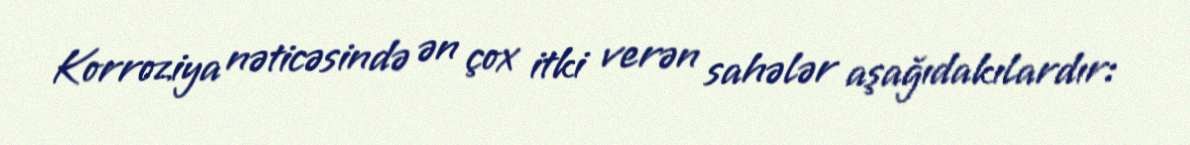
Korroziya nəticəsində ən çox itki verən sahələr aşağıdakılardır: